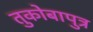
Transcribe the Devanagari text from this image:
तुकोबापुत्र